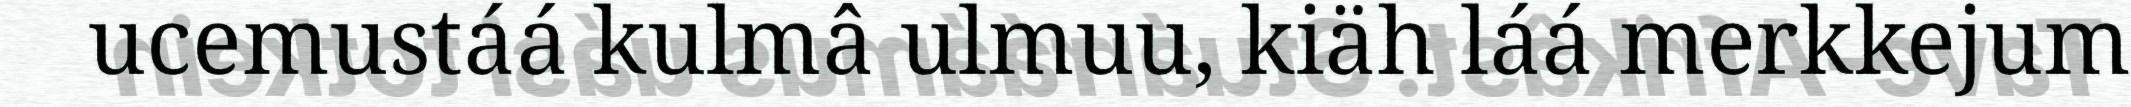
ucemustáá kulmâ ulmuu, kiäh láá merkkejum